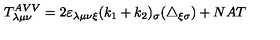
T _ { \lambda \mu \nu } ^ { A V V } = 2 \varepsilon _ { \lambda \mu \nu \xi } ( k _ { 1 } + k _ { 2 } ) _ { \sigma } ( \triangle _ { \xi \sigma } ) + N A T